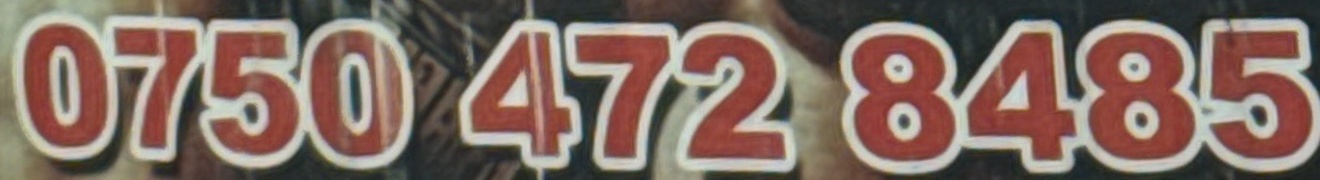
0750 472 8485